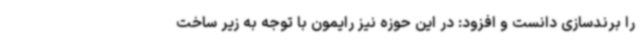
را برندسازی دانست و افزود: در این حوزه نیز رایمون با توجه به زیر ساخت